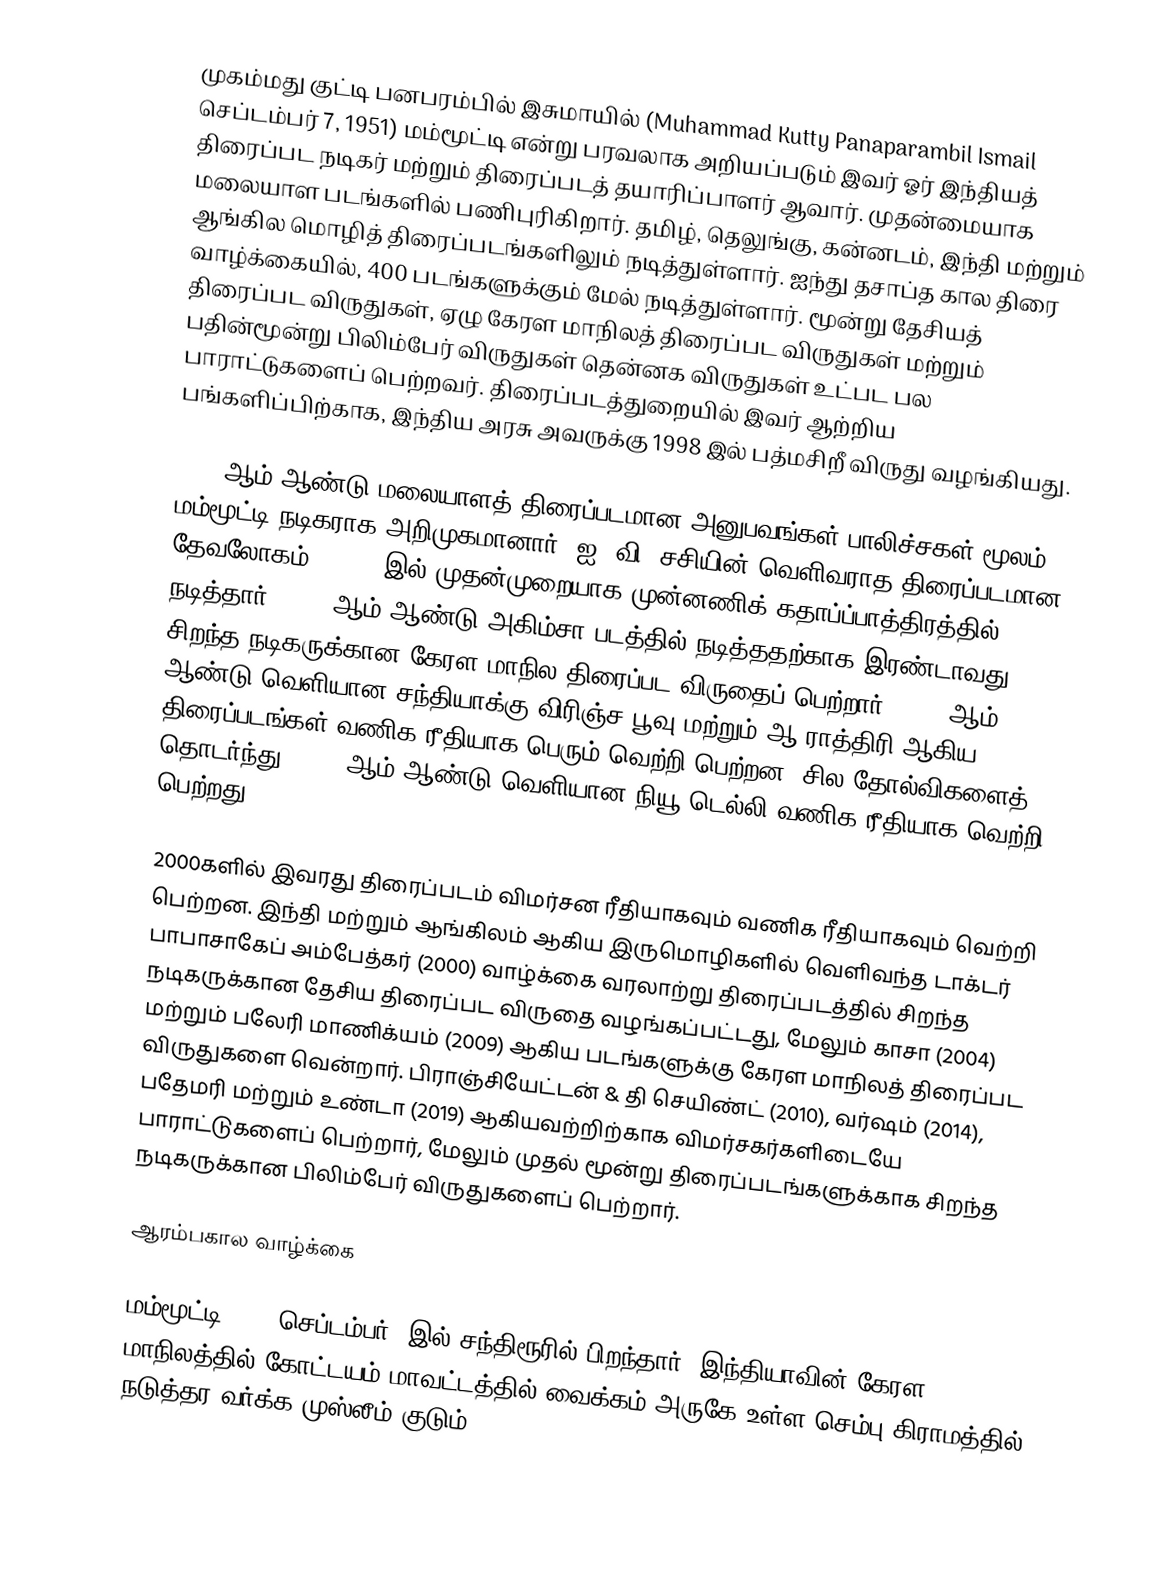
முகம்மது குட்டி பனபரம்பில் இசுமாயில் (Muhammad Kutty Panaparambil Ismail   செப்டம்பர் 7, 1951) மம்மூட்டி என்று பரவலாக அறியப்படும் இவர் ஓர் இந்தியத் திரைப்பட  நடிகர் மற்றும் திரைப்படத் தயாரிப்பாளர் ஆவார். முதன்மையாக மலையாள படங்களில் பணிபுரிகிறார். தமிழ், தெலுங்கு, கன்னடம், இந்தி மற்றும் ஆங்கில மொழித் திரைப்படங்களிலும் நடித்துள்ளார். ஐந்து தசாப்த கால திரை வாழ்க்கையில், 400 படங்களுக்கும் மேல் நடித்துள்ளார். மூன்று தேசியத் திரைப்பட விருதுகள், ஏழு கேரள மாநிலத் திரைப்பட விருதுகள் மற்றும் பதின்மூன்று பிலிம்பேர் விருதுகள் தென்னக விருதுகள் உட்பட பல பாராட்டுகளைப் பெற்றவர். திரைப்படத்துறையில் இவர் ஆற்றிய பங்களிப்பிற்காக, இந்திய அரசு அவருக்கு 1998 இல் பத்மசிறீ விருது வழங்கியது.

1971 ஆம் ஆண்டு மலையாளத் திரைப்படமான அனுபவங்கள் பாலிச்சகள்  மூலம் மம்மூட்டி நடிகராக அறிமுகமானார். ஐ. வி. சசியின் வெளிவராத திரைப்படமான தேவலோகம் (1979) இல் முதன்முறையாக முன்னணிக் கதாப்ப்பாத்திரத்தில் நடித்தார். 1981 ஆம் ஆண்டு அகிம்சா படத்தில் நடித்ததற்காக இரண்டாவது சிறந்த நடிகருக்கான கேரள மாநில திரைப்பட விருதைப் பெற்றார் .1983 ஆம் ஆண்டு வெளியான சந்தியாக்கு விரிஞ்ச பூவு மற்றும் ஆ ராத்திரி ஆகிய திரைப்படங்கள் வணிக ரீதியாக பெரும் வெற்றி பெற்றன. சில  தோல்விகளைத் தொடர்ந்து, 1987 ஆம் ஆண்டு வெளியான  நியூ டெல்லி வணிக ரீதியாக வெற்றி பெற்றது.

2000களில் இவரது திரைப்படம் விமர்சன ரீதியாகவும் வணிக ரீதியாகவும் வெற்றி பெற்றன. இந்தி மற்றும் ஆங்கிலம் ஆகிய இருமொழிகளில் வெளிவந்த டாக்டர் பாபாசாகேப் அம்பேத்கர் (2000) வாழ்க்கை வரலாற்று திரைப்படத்தில்  சிறந்த நடிகருக்கான தேசிய திரைப்பட விருதை வழங்கப்பட்டது, மேலும் காசா (2004) மற்றும் பலேரி மாணிக்யம் (2009) ஆகிய படங்களுக்கு கேரள மாநிலத் திரைப்பட விருதுகளை வென்றார். பிராஞ்சியேட்டன் & தி செயிண்ட் (2010), வர்ஷம் (2014), பதேமரி மற்றும்  உண்டா (2019) ஆகியவற்றிற்காக விமர்சகர்களிடையே பாராட்டுகளைப் பெற்றார், மேலும் முதல் மூன்று திரைப்படங்களுக்காக சிறந்த நடிகருக்கான பிலிம்பேர் விருதுகளைப் பெற்றார்.

ஆரம்பகால வாழ்க்கை

மம்மூட்டி 1951 செப்டம்பர் 7இல் சந்திரூரில் பிறந்தார். இந்தியாவின்,கேரள மாநிலத்தில் கோட்டயம் மாவட்டத்தில் வைக்கம் அருகே உள்ள செம்பு கிராமத்தில் நடுத்தர வர்க்க முஸ்லீம் குடும்